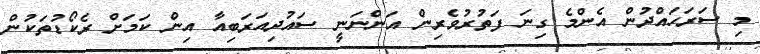
މި ސަރަހައްދުން އެންމެ ގިނަ ފަތުރުވެރިން އަންނަނީ ސައުދިއަރަބިއާ އިން ކަމަށް ރެކޯޑުތަކުން